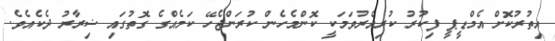
އިތުރުކޮށް އެމްޑީޕީ ފިކުރު ކުރިއެރުވަމަކީ ކޮންމެހެން ކުރަންޖެހޭ ކަމެއްގެ ގޮތުގައި ޟިރާރު ދެކެއެވެ.